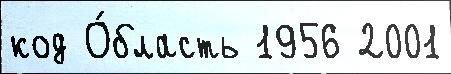
код О́бласть 1956 2001